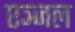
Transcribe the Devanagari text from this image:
एञ्जल